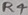
Text: R4